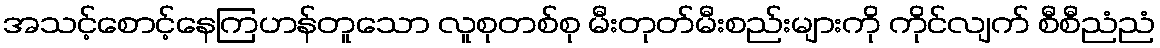
အသင့်စောင့်နေကြဟန်တူသော လူစုတစ်စု မီးတုတ်မီးစည်းများကို ကိုင်လျက် စီစီညံညံ